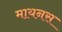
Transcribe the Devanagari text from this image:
मायनस